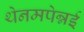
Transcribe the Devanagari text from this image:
थेनमपेन्नई